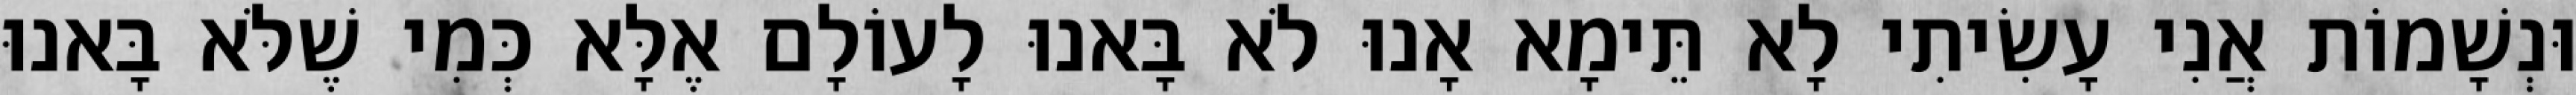
וּנְשָׁמוֹת אֲנִי עָשִׂיתִי לָא תֵּימָא אָנוּ לֹא בָּאנוּ לָעוֹלָם אֶלָּא כְּמִי שֶׁלֹּא בָּאנוּ